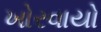
ખોરવાયો